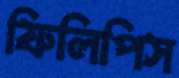
ফিলিপিস